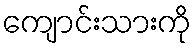
ကျောင်းသားကို